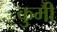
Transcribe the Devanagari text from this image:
कुर्मीै